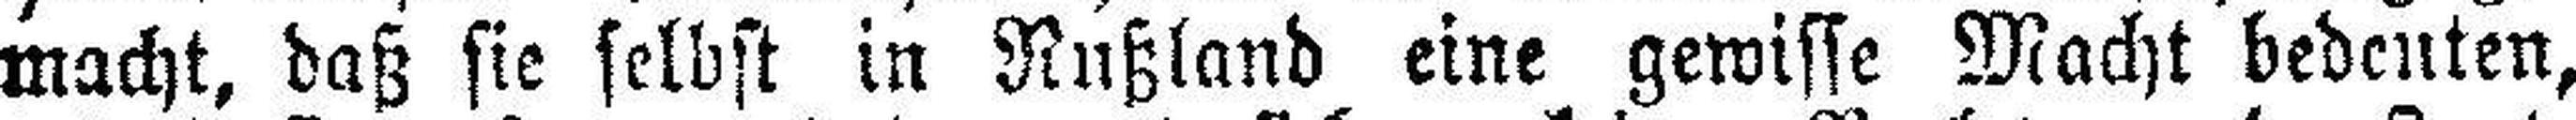
macht, daß sie selbst in Rußland eine gewisse Macht bedeuten,